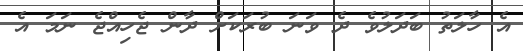
އެ ހާލަތު ބަދަލުވެ ދެ ވަނަ ބުރަކަށް ދާން ޖެހިއްޖެ ނަމަ އެ